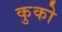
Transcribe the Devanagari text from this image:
कुको